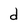
Character: d